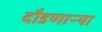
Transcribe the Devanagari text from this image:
दौडणाऱ्या